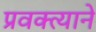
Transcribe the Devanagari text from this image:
प्रवक्त्याने